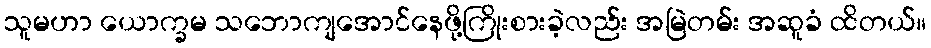
သူမဟာ ယောက္ခမ သဘောကျအောင်နေဖို့ကြိုးစားခဲ့လည်း အမြဲတမ်း အဆူခံ ထိတယ်။